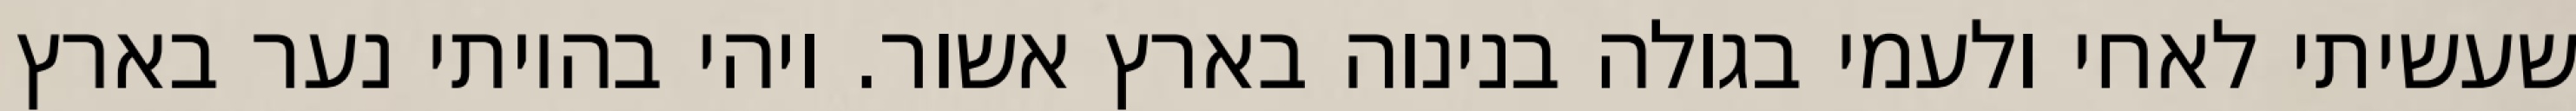
שעשיתי לאחי ולעמי בגולה בנינוה בארץ אשור. ויהי בהיותי נער בארץ